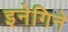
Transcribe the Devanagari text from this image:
इनेगिने